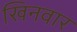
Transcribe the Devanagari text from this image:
खिनवार